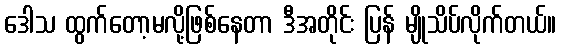
ဒေါသ ထွက်တော့မလို့ဖြစ်နေတာ ဒီအတိုင်း ပြန် မျိုသိပ်လိုက်တယ်။